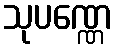
သုပဏ္ဏေ